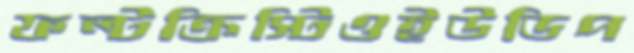
ফল্টক্রিস্টিওইউডিপ